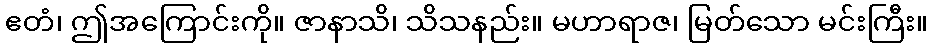
ဧတံ၊ ဤအကြောင်းကို။ ဇာနာသိ၊ သိသနည်း။ မဟာရာဇ၊ မြတ်သော မင်းကြီး။